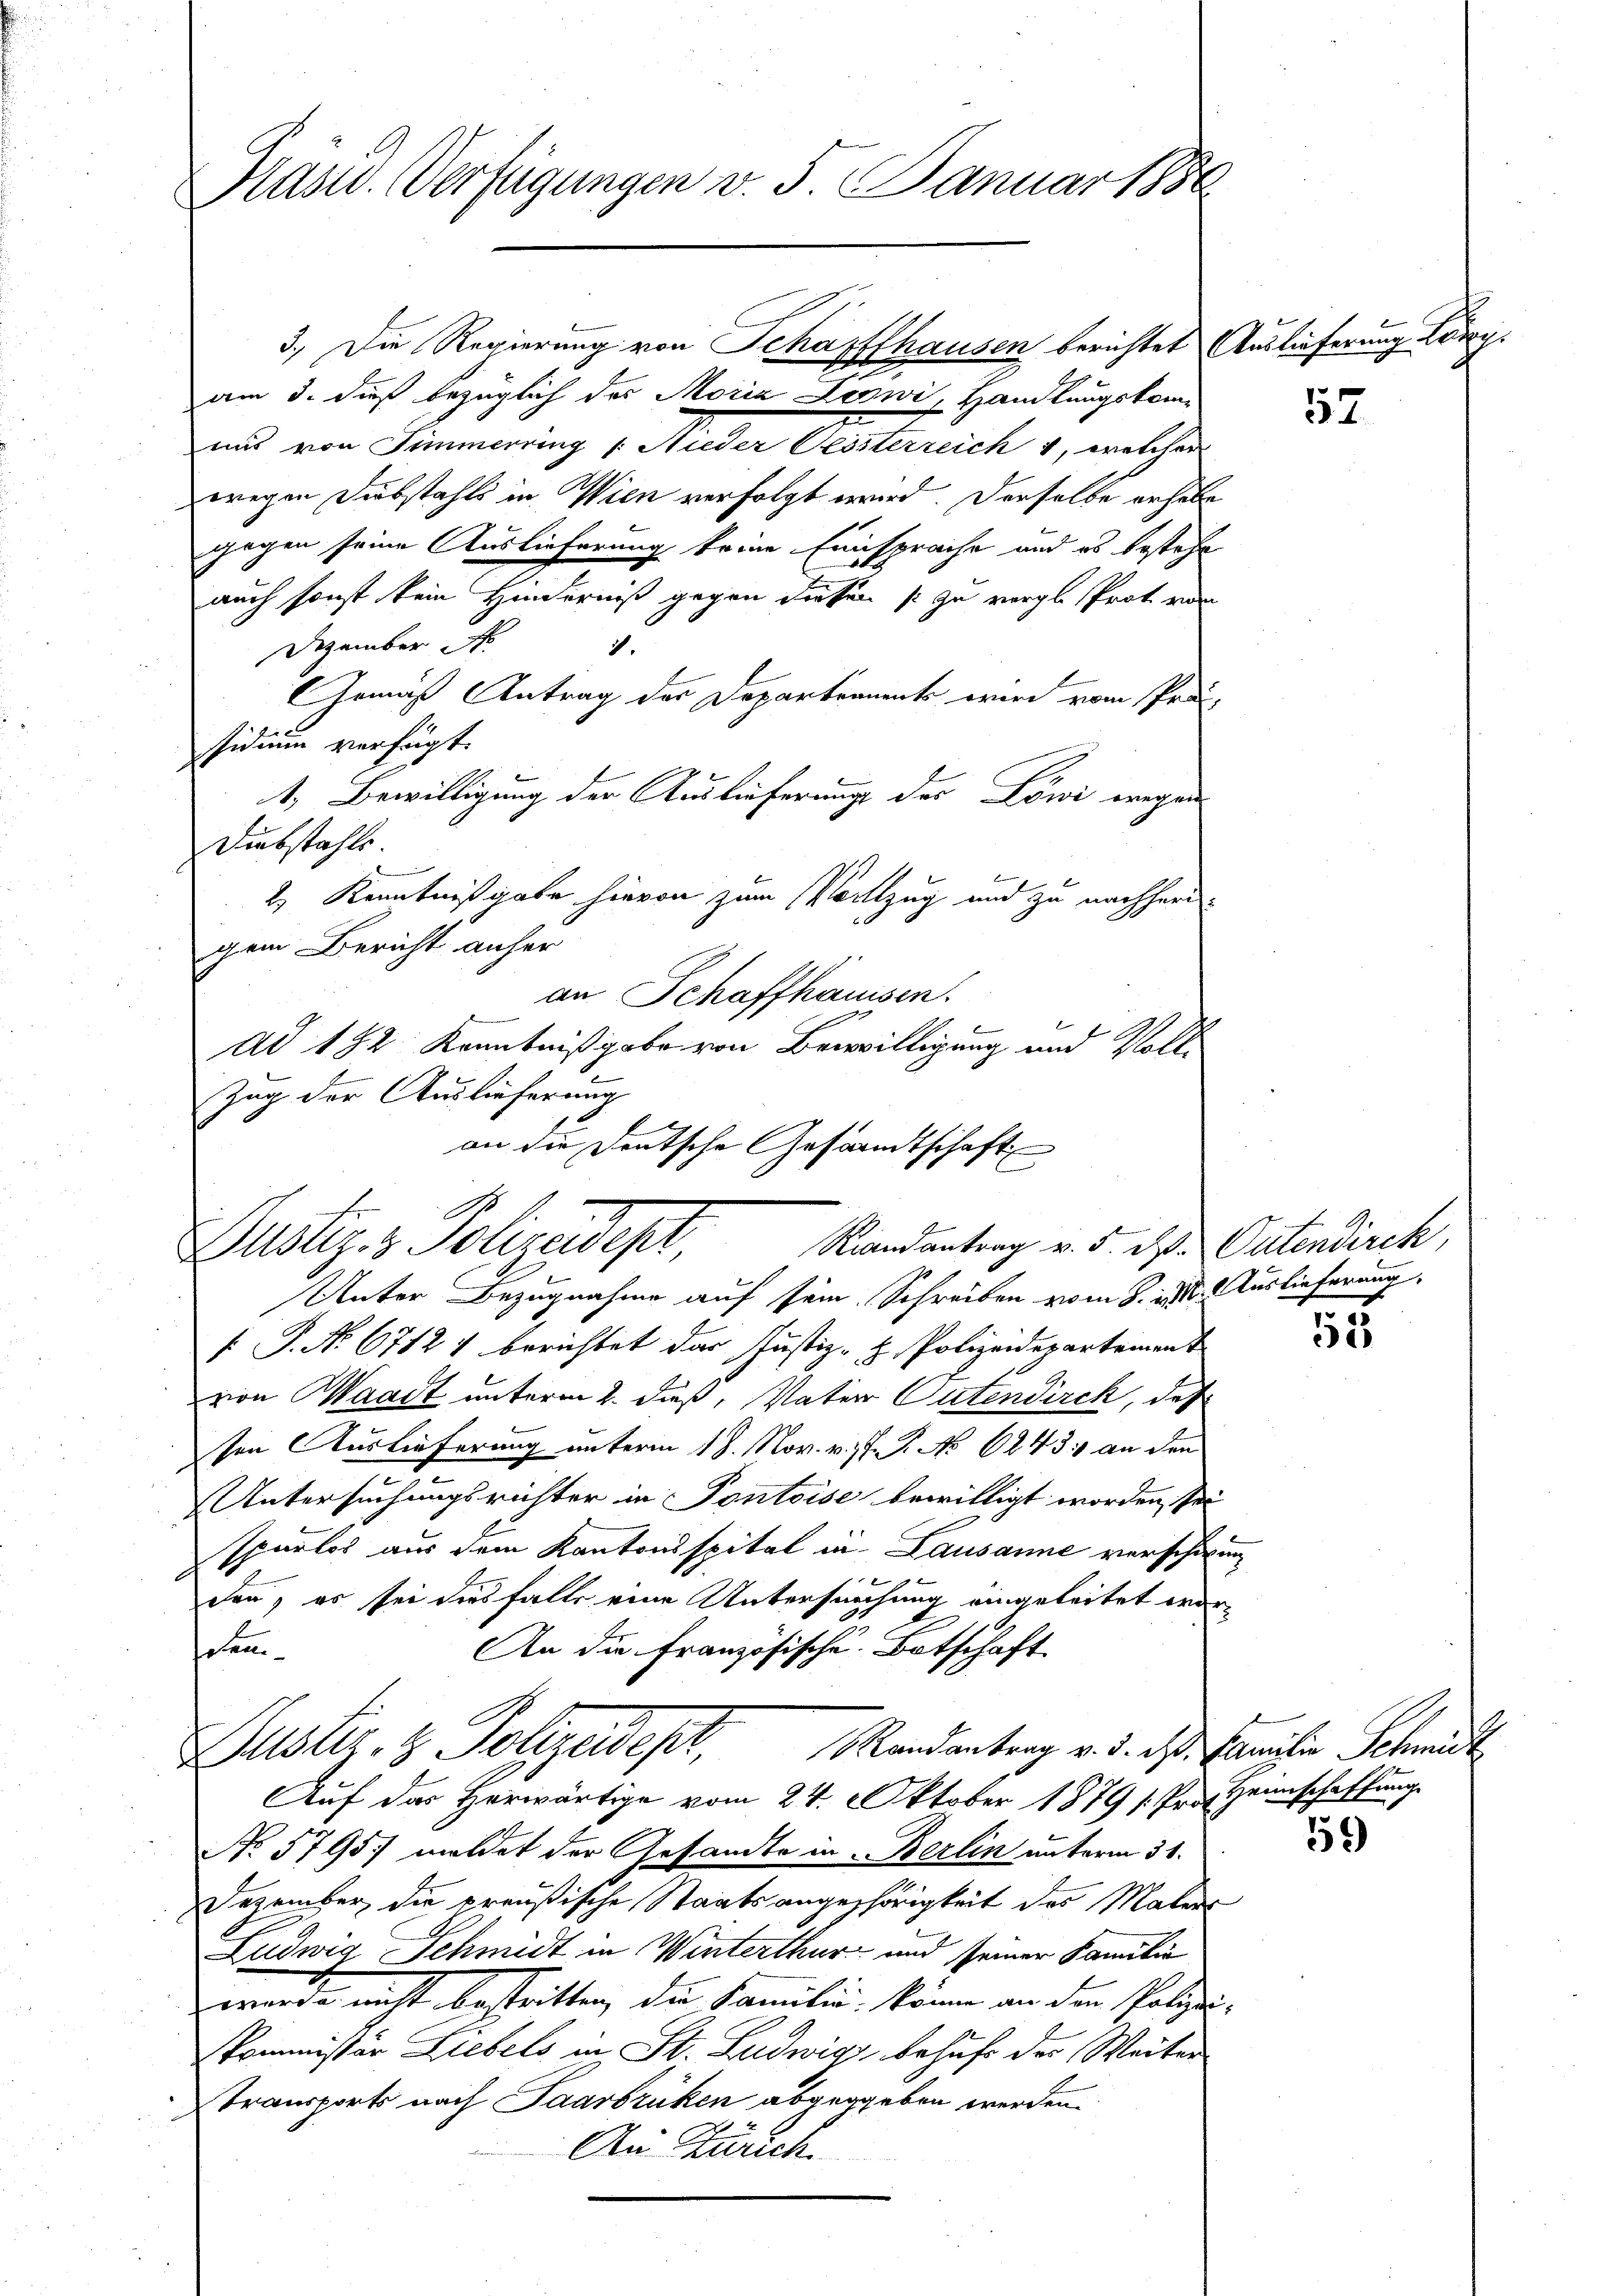
Präsid. Verfügungen v. 5. Januar 1886

3.) Die Regierung von Schaffhausen berichtet Auslieferung Loiz
am 3. dieß bezüglich des Moria Lezwi, Handlungskomi
uns von Zimmerring /: Nieder Geisterreich, welcher
wegen Dubstahls in Wien verfolgt wird. Derselbe erhabe
gegen seine Auslieferung keine Einsprache und es bestehe
auch sonst kein Hinderniß gegen diesen s zu vergesprot von
1.
Dezember
GGemäß Antrag der Departement wird vom Präsidium verfügt:
1. Bewilligung der Auslieferungs der Löwi wegen
Diebstahls.
2) Kenntnißgabe hievon zum Vollzug und zu nachherigem Bericht anher
an Schaffhaussen.
Ad 182 Kenntnißgabe von Bewilligung und Voll¬
Zug der Auslieferung
an die Deutsche Gesandtschaft

1
Riandantrag v. 5. M. Patendirek,
Justiz- & Polizeidepr

Unter Bezugnahme auf sein Schreiben vom 8. d. Auslieferung
 P. No. 67121 berichtet das Justiz- & Polizeidepartement
von Waadt unterm 2. daß, Vater Gutendirek, des
sen Auslieferung unterm 18. Nov. v. J. J. No 6243 an den
Untersuchungsrichter in Pontoise bewilligt worden, sei
spurlos aus dem Kantonsspital in Lausanne verschwunden, es sei diesfalls eine Untersuchung eingeleitet wor-
An die Französische Botschaft
cem
Justiz & Polizeidept, Randantrag v. d. das Familie Schri
Auf das Herwärtige vom 24. Oktober 1879 /Pro. Heimschaffung
No 5795) meldet der Gesandte in Berlin unterm 31.
Dezember die preußische Staatsangehörigkeit des Malers
Ludwig Schmidt in Winterthur und seiner Familie
werde nicht bestritten, die Familie, könne an den Polizei-
skommissär Liebels in St. Ludwig behufe der Weiter
Stransports nach Saarbrüken abgegeben werden.
An Zürich.

52

53

59